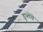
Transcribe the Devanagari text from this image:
डुप्लेचे